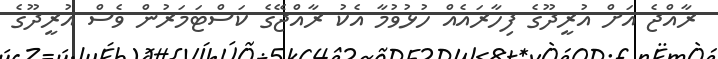
ރާއްޖެ އަށް އުރީދޫގެ ފިހާރައެއް ހުޅުވުމާ އެކު ރާއްޖޭގެ ކަސްޓަމަރުން ވެސް އުރީދޫގެ